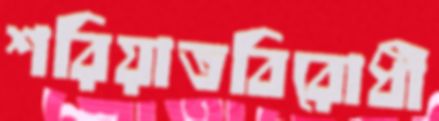
শরিয়াতবিরোধী